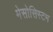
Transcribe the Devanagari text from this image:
मेसोसिस्टम